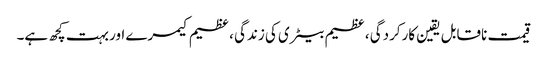
قیمت ناقابل یقین کارکردگی ، عظیم بیٹری کی زندگی ، عظیم کیمرے اور بہت کچھ ہے۔